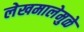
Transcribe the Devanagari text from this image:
लेखमालेमुळे